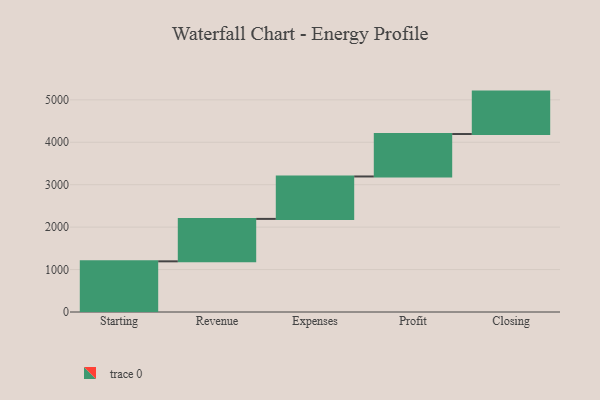
{"axis": {"x": "Step", "y": "Value"}, "legend": [""], "data": [{"x": "Starting", "y": 1194.0, "type": ""}, {"x": "Revenue", "y": 1000, "type": ""}, {"x": "Expenses", "y": 1000, "type": ""}, {"x": "Profit", "y": 1000, "type": ""}, {"x": "Closing", "y": 1000, "type": ""}]}